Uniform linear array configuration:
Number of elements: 48
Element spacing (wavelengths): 0.75
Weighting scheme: blackman
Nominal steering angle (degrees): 15
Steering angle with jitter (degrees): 13.301
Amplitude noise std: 0.05
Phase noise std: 0.05

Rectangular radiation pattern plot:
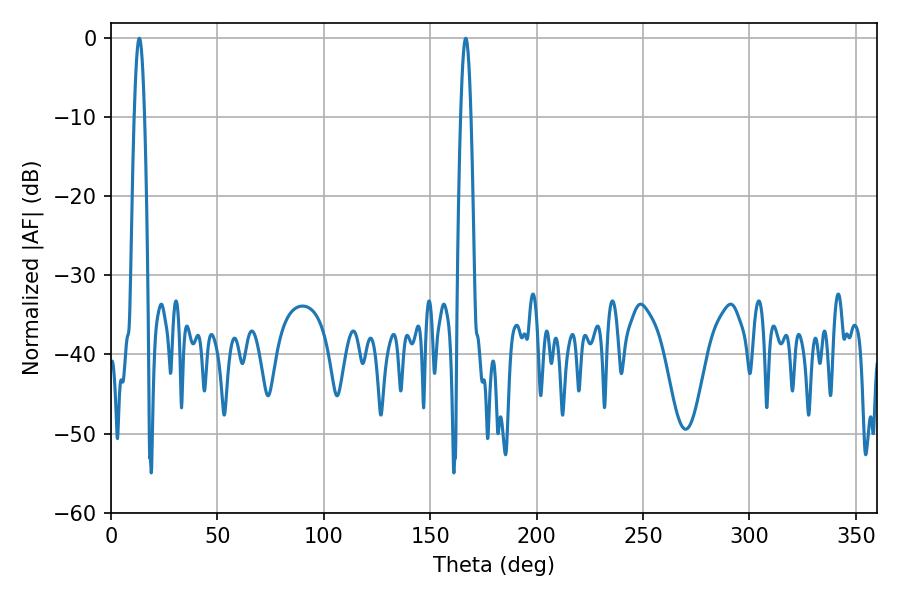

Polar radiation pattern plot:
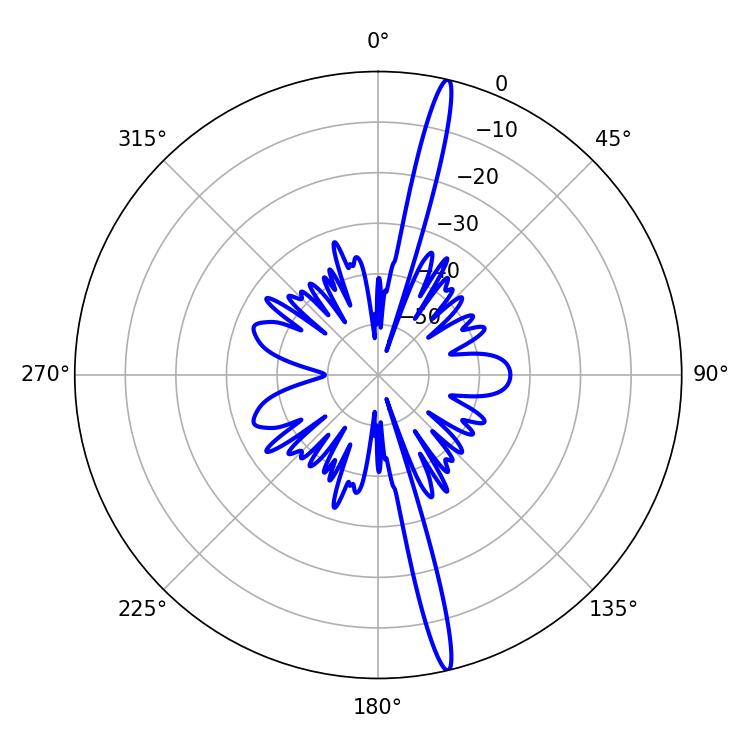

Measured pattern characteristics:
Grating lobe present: TRUE
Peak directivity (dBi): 19.334
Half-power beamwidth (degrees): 2.52
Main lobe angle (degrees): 13.32